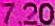
7.20